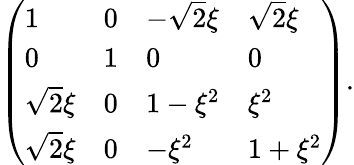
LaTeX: \left(\begin{array}{llll}{{1}}&{{0}}&{{-\sqrt{2}\xi}}&{{\sqrt{2}\xi}}\\ {{0}}&{{1}}&{{0}}&{{0}}\\ {{\sqrt{2}\xi}}&{{0}}&{{1-\xi^{2}}}&{{\xi^{2}}}\\ {{\sqrt{2}\xi}}&{{0}}&{{-\xi^{2}}}&{{1+\xi^{2}}}\end{array}\right).